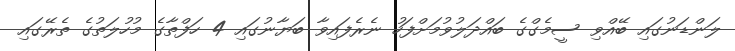
ލަންޑަނުގައި ބޭއްވި ސީމެގްގެ ބައްދަލުވުމަށްފަހު ނެރެފައިވާ ބަޔާނުގައި 4 ހަފްތާގެ މުހުލަތުގެ ތެރޭގައި